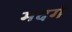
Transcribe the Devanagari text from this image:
मदगे